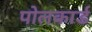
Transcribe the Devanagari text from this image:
पोलकार्ड